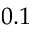
0 . 1